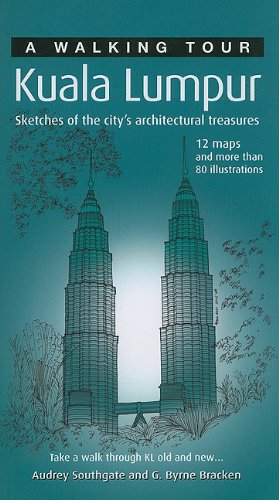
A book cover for A Walking Tour: Kuala Lumpur; Audrey Southgate; Travel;